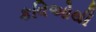
કવિઓથી